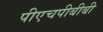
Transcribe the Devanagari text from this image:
पीएचपीबीबी